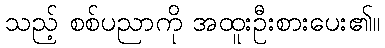
သည့် စစ်ပညာကို အထူးဦးစားပေး၏။